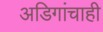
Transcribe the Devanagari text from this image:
अडिगांचाही